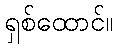
ရှစ်ထောင်။